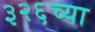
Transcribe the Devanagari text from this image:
३२६च्या